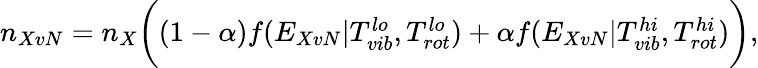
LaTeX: \begin{array}{r}{n_{XvN}=n_{X}\biggl((1-\alpha)f(E_{XvN}|T_{vib}^{lo},T_{rot}^{lo})+\alpha f(E_{XvN}|T_{vib}^{hi},T_{rot}^{hi})\biggr),}\end{array}